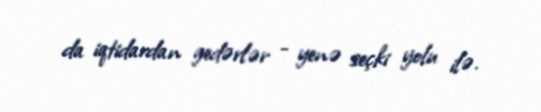
da iqtidardan gedərlər - yenə seçki yolu ilə.